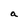
Character: a